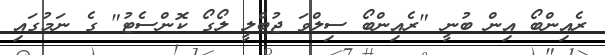
ރެއިންބޯ އިން ބުނީ "ރެއިންބޯ ސިލްވަ ޖުބްލީ ލޯގޯ ކޮންސެޓު" ގެ ނަމުގައި